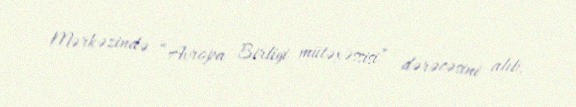
Mərkəzində “Avropa Birliyi mütəxəssisi” dərəcəsini alıb.